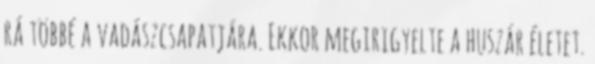
rá többé a vadászcsapatjára. Ekkor megirigyelte a huszár életet.